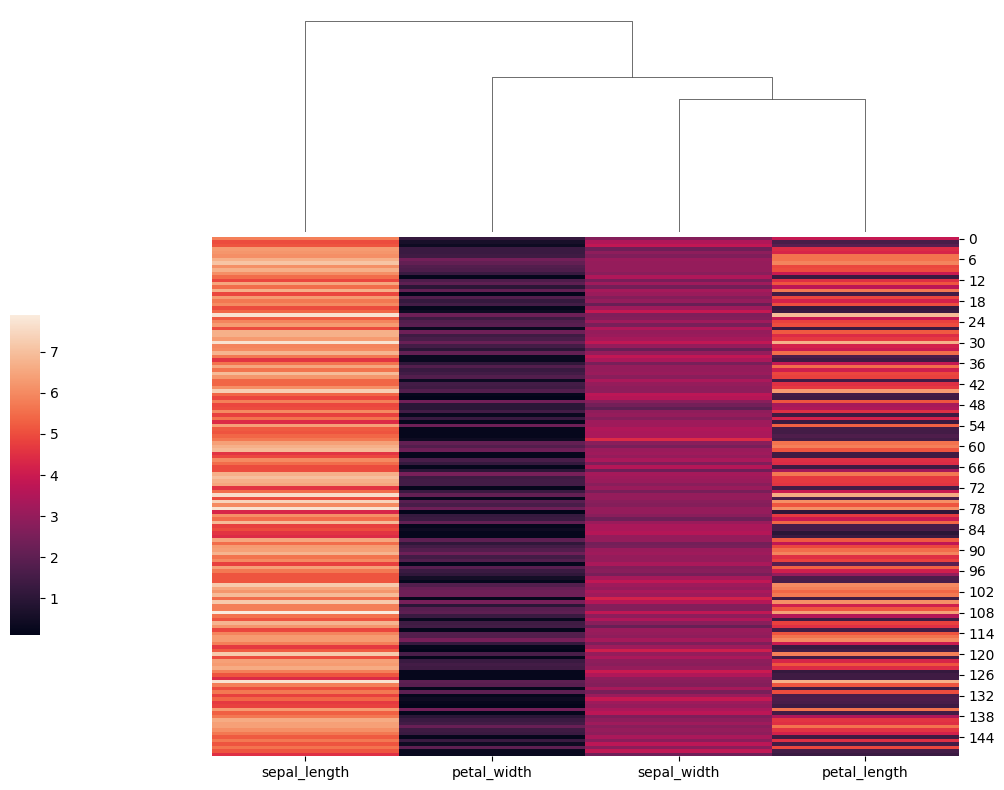
python, seaborn, clustermap, figsize=(10, 8), row_cluster=False, dendrogram_ratio=(0.2, 0.3), cbar_pos=(0, 0.2, 0.03, 0.4)